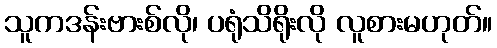
သူကဒန်းဗားစ်လို၊ ပရုံသိရိုးလို လူစားမဟုတ်။